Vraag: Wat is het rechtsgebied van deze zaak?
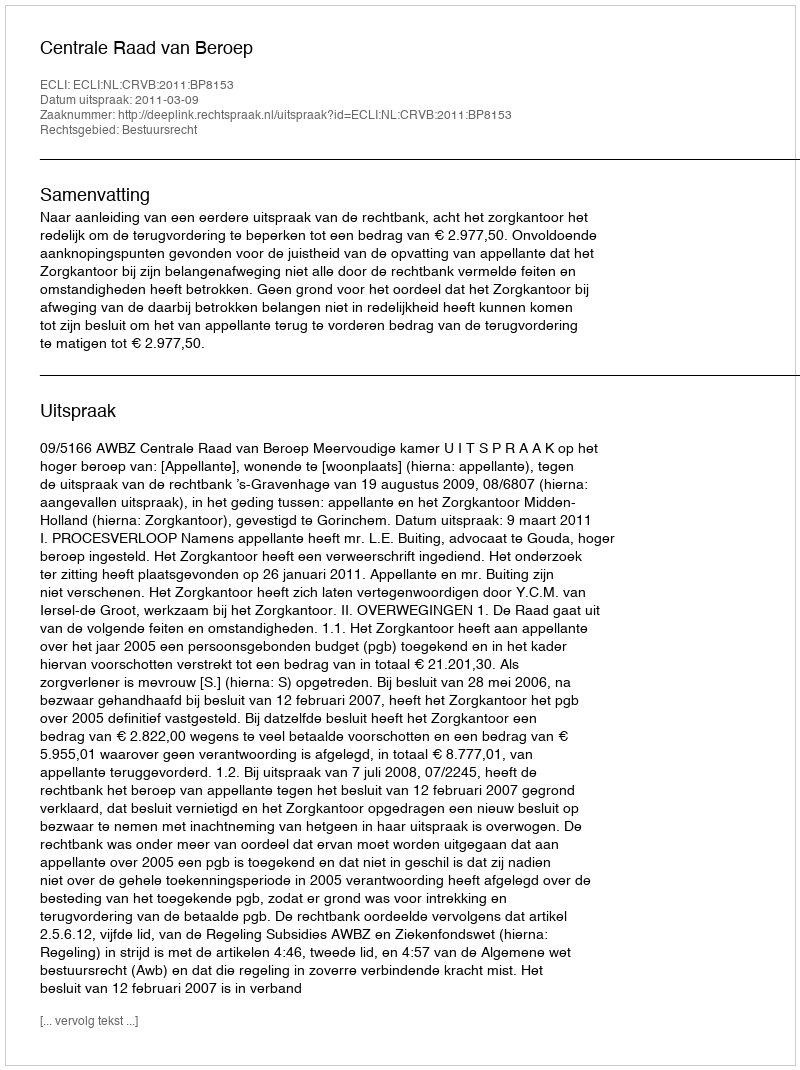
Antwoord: Bestuursrecht